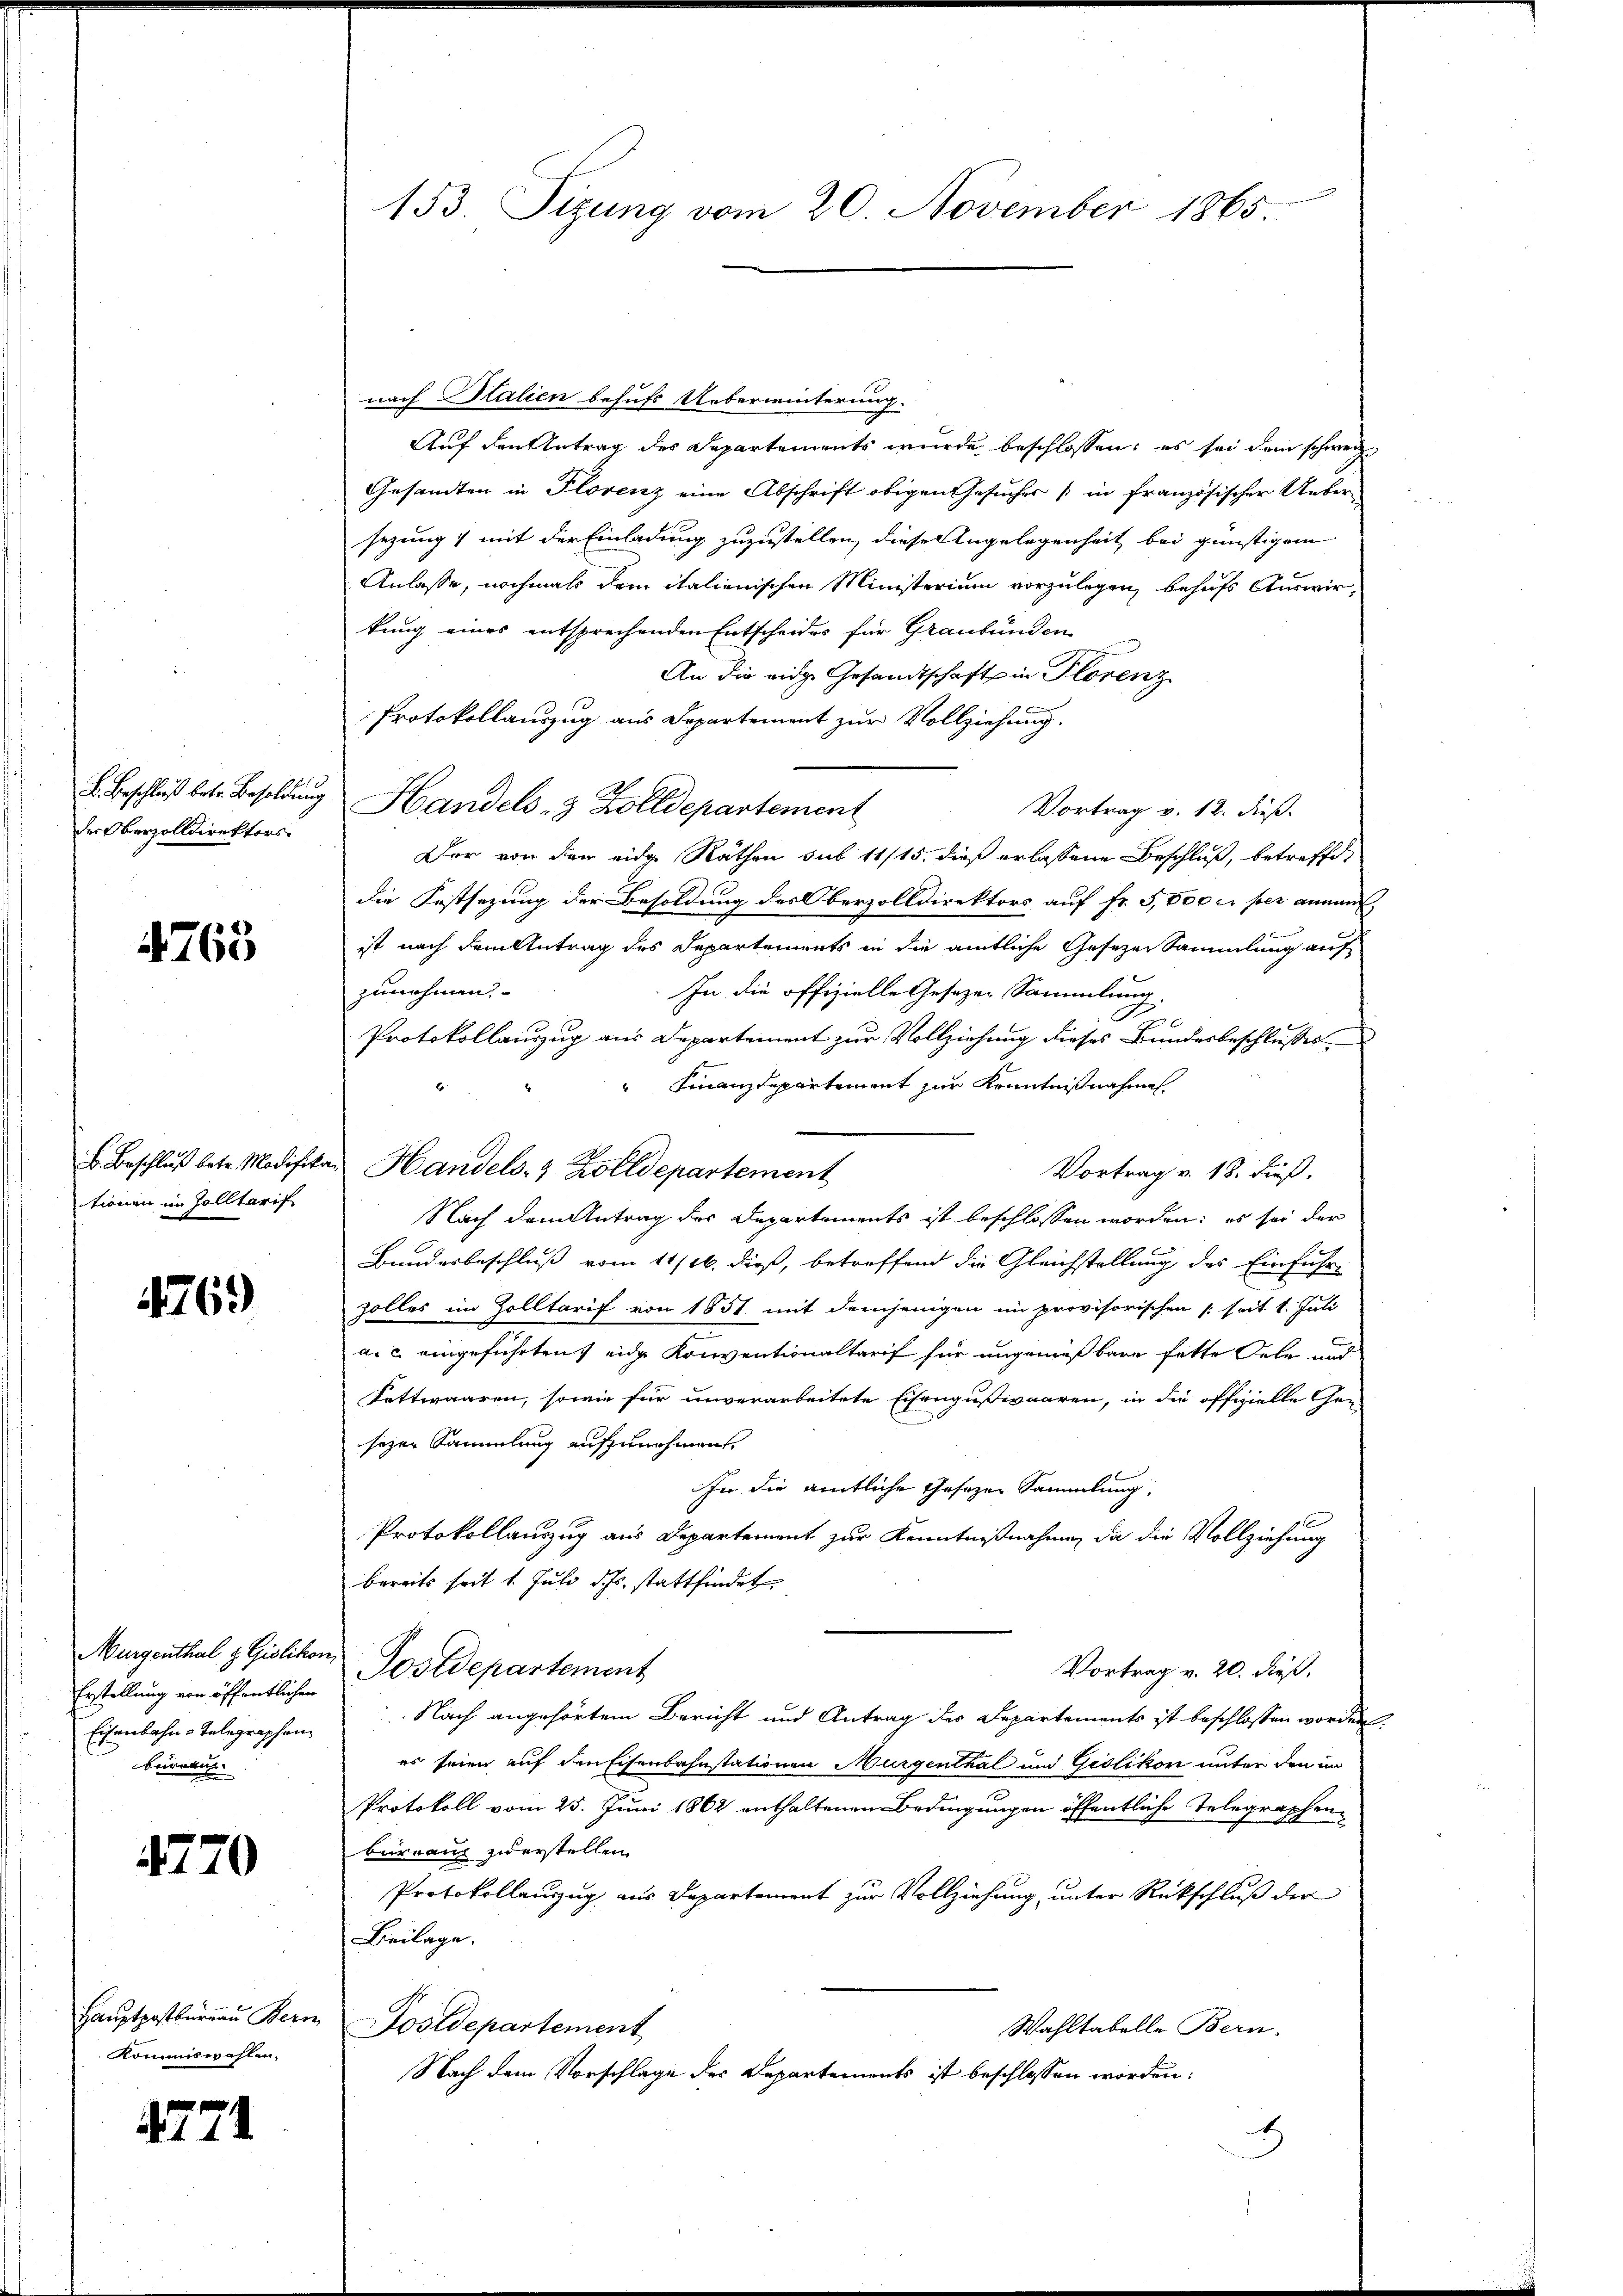
der Oberzolldirektors

4763

tionen im Zolltarif

4769

Murgenthal & Gislikon,
Erstellung von öffentlichen
berede.

4770

Kommiswahlen.

4771

153. Sizung vom 20. November 1865.

nach Italien behufs Ueberwinterung.
Auf den Antrag des Departements wurde beschlossen: es sei dem schweize
Gesandten in Plovenz eine Abschrift obigen Gesuches [in französischer Unter-
sezung mit der Einladung zuzustellen, diesen Angelegenheit bei günstigem
Anlasse, nochmals dem italienischen Ministerium vorzulegen, behufs Auswirkung eines entsprechenden Entscheides für Graubünden
An die eidge Gesandtschaft in Florenz
Protokollauszug aus Departement zur Vollziehung.
L. Beschluß betr Besoldŭng Handels- 3 Zolldepartement
Vortrag v. 12. dieß.
Der von den eidge Räthen sub 11/15. dieß erlassene Beschluß, betreffe,
die Festsezung der Besoldung des Oberzolldirektors auf fr. 3,800 c. per annam
ist nach dem Antrag des Departements in die amtliche Gesezen Sammlung auf
zunehmen.
In die offizielle Gesetzen Sammlung.
Protokollauszug aus Departement zur Vollziehung dieses Bundesbeschlusses
 Finanzdepartement zur Kenntnißnahme
B. Beschlŭβ betr. Modifikar Handels- & Zolldepartement
Vortrag v. 18. dieß.
Nach dem Antrag des Departements ist beschlossen worden; es sei der
Bundesbeschluß vom 11/26. dieß, betreffend die Gleichstellung des Einführ
zolles im Zolltarif von 1851 mit demjenigen im provisorischen (seit 1. Juli
a. c. eingeführten eine Konventionaltarif für ungemeßbare fette Oele und
Settwaaren, sowie für unverarbeitete Eisengusivaaren, in die offizielle Ge-
sezen Sammlung aufzunehmen,
In die amtliche Gesezen Sammlung,
Protokollauszug aus Departement zur Kenntnißnahme, da die Vollziehung
bereits seit 1. Juli dchs stattfindet
Postdepartement
Vortrag v. 20. dieß.
Eisenbahn-Telegraphen Nach angehörtem Bericht und Antrag der Departements ist beschlossen worden,
es seien auf den Eisenbahnstationen Murgenthal und Gedlikon unter den in
Protokoll vom 25. Juni 1862 enthaltenen Bedingungen öffentliche Telegraphenbureau zuerstellen.
Protokollauszug aus Departement zur Vollziehung, unter Rückschluß der
Beilage.
Haŭptpostbüraŭ Bern Postdepartement
Wahltabelle Bern.
Nach dem Vorschlage des Departements ist beschlossen worden:
x